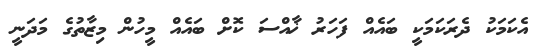
އެކަމަކު ދެރަކަމަކީ ބައެއް ފަހަރު ޚާއްސަ ކޮށް ބައެއް މީހުން މިޒާތުގެ މަދަނީ